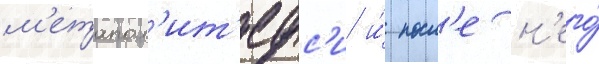
м'етапол'ит'ефс'и и́ посл'е н'его́